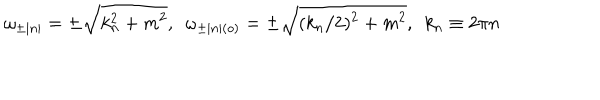
\omega _ { \pm | n | } = \pm \sqrt { k _ { n } ^ { 2 } + m ^ { 2 } } , \, \, \, \omega _ { \pm | n | ( o ) } = \pm \sqrt { ( k _ { n } / 2 ) ^ { 2 } + m ^ { 2 } } , \, \, \, k _ { n } \equiv 2 \pi n